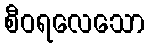
စီဝရလေသော